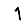
Digit: 1